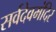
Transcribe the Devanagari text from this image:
सर्वदेवमंदिर